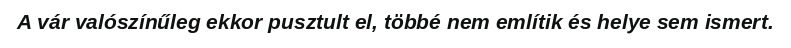
A vár valószínűleg ekkor pusztult el, többé nem említik és helye sem ismert.